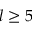
l \geq 5